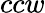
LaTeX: ccw